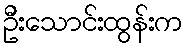
ဦးသောင်းထွန်းက